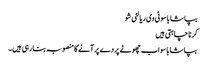
بپاشا باسو ٹی وی ریالٹی شو
کرنا چاہتی ہیں
بپاشا باسو اب چھوٹے پردے پر آنے کا منصوبہ بنا رہی ہیں۔